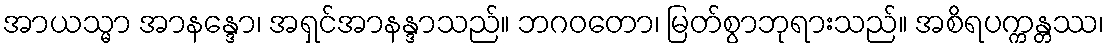
အာယသ္မာ အာနန္ဒော၊ အရှင်အာနန္ဒာသည်။ ဘဂဝတော၊ မြတ်စွာဘုရားသည်။ အစိရပက္ကန္တဿ၊